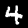
Digit: 4